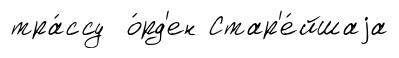
тра́ссу о́рд'ен Стар'е́йшаjа